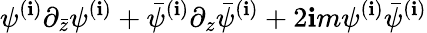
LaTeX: \psi^{(\mathbf{i})}\partial_{\bar{{z}}}\psi^{(\mathbf{i})}+\bar{{\psi}}^{(\mathbf{i})}\partial_{z}\bar{{\psi}}^{(\mathbf{i})}+2\mathbf{i}m\psi^{(\mathbf{i})}\bar{{\psi}}^{(\mathbf{i})}